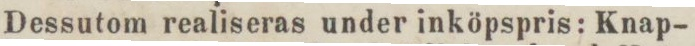
Dessutom realiseras under inköpspris: Knap-